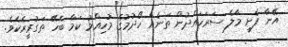
އޭނާ ފެށީ މާލެ ސަރަހައްދުން ތަނެއް ހޯދުމުގެ މުހިއްމު ކަމާ ބެހޭ ތަގުރީރެކެވެ.